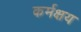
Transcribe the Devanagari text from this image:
कर्मक्षय